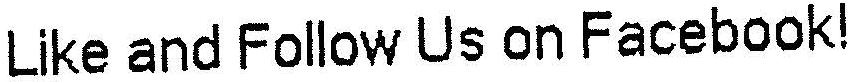
LIKE AND FOLLOW US ON FACEBOOK!